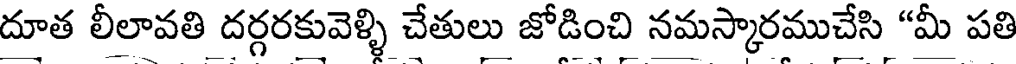
దూత లీలావతి దర్గరకువెళ్ళి చేతులు జోడించి నమస్కారముచేసి "మీ పతి